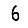
Digit: 6